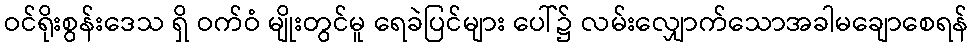
ဝင်ရိုးစွန်းဒေသ ရှိ ဝက်ဝံ မျိုးတွင်မူ ရေခဲပြင်များ ပေါ်၌ လမ်းလျှောက်သောအခါမချောစေရန်